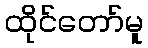
ထိုင်တော်မူ